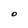
Character: O